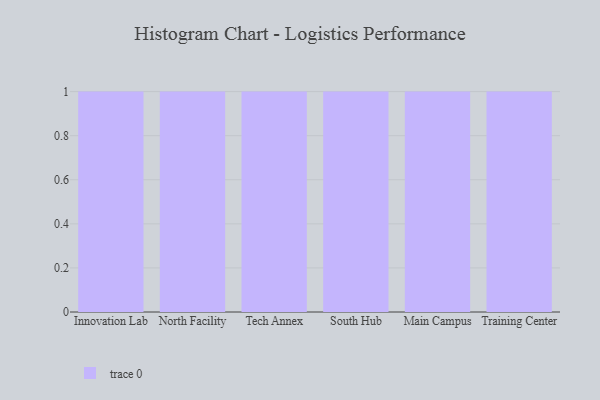
{"axis": {"x": "Campus", "y": "Demand Index"}, "legend": [""], "data": [{"x": "Innovation Lab", "y": 49, "type": ""}, {"x": "North Facility", "y": 51, "type": ""}, {"x": "Tech Annex", "y": 8, "type": ""}, {"x": "South Hub", "y": 14, "type": ""}, {"x": "Main Campus", "y": 14, "type": ""}, {"x": "Training Center", "y": 3, "type": ""}]}